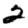
Digit: 2